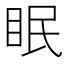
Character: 眠